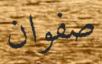
صفوان